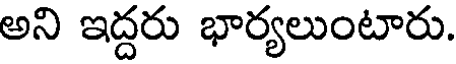
అని ఇద్దరు భార్యలుంటారు.